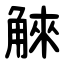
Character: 䚞